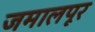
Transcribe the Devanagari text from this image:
जमालपूर